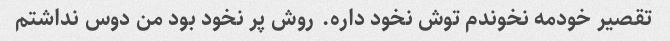
تقصیر خودمه نخوندم توش نخود داره. روش پر نخود بود من دوس نداشتم‌